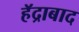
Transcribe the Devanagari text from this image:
हॅद्राबाद